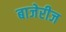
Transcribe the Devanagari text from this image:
बाजेरीज